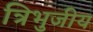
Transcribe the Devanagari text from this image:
त्रिभुजीय